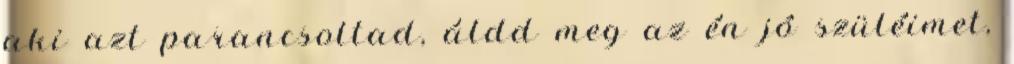
aki azt parancsoltad, áldd meg az én jó szüléimet,